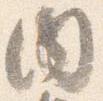
内